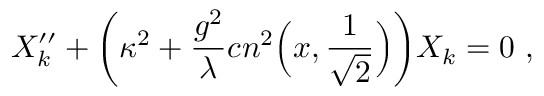
X _ { k } ^ { \prime \prime } + { \left( \kappa ^ { 2 } + { \frac { g ^ { 2 } } { \lambda } } c n ^ { 2 } \Bigl ( x , { \frac { 1 } { \sqrt { 2 } } } \Bigr ) \right) } X _ { k } = 0 \ ,